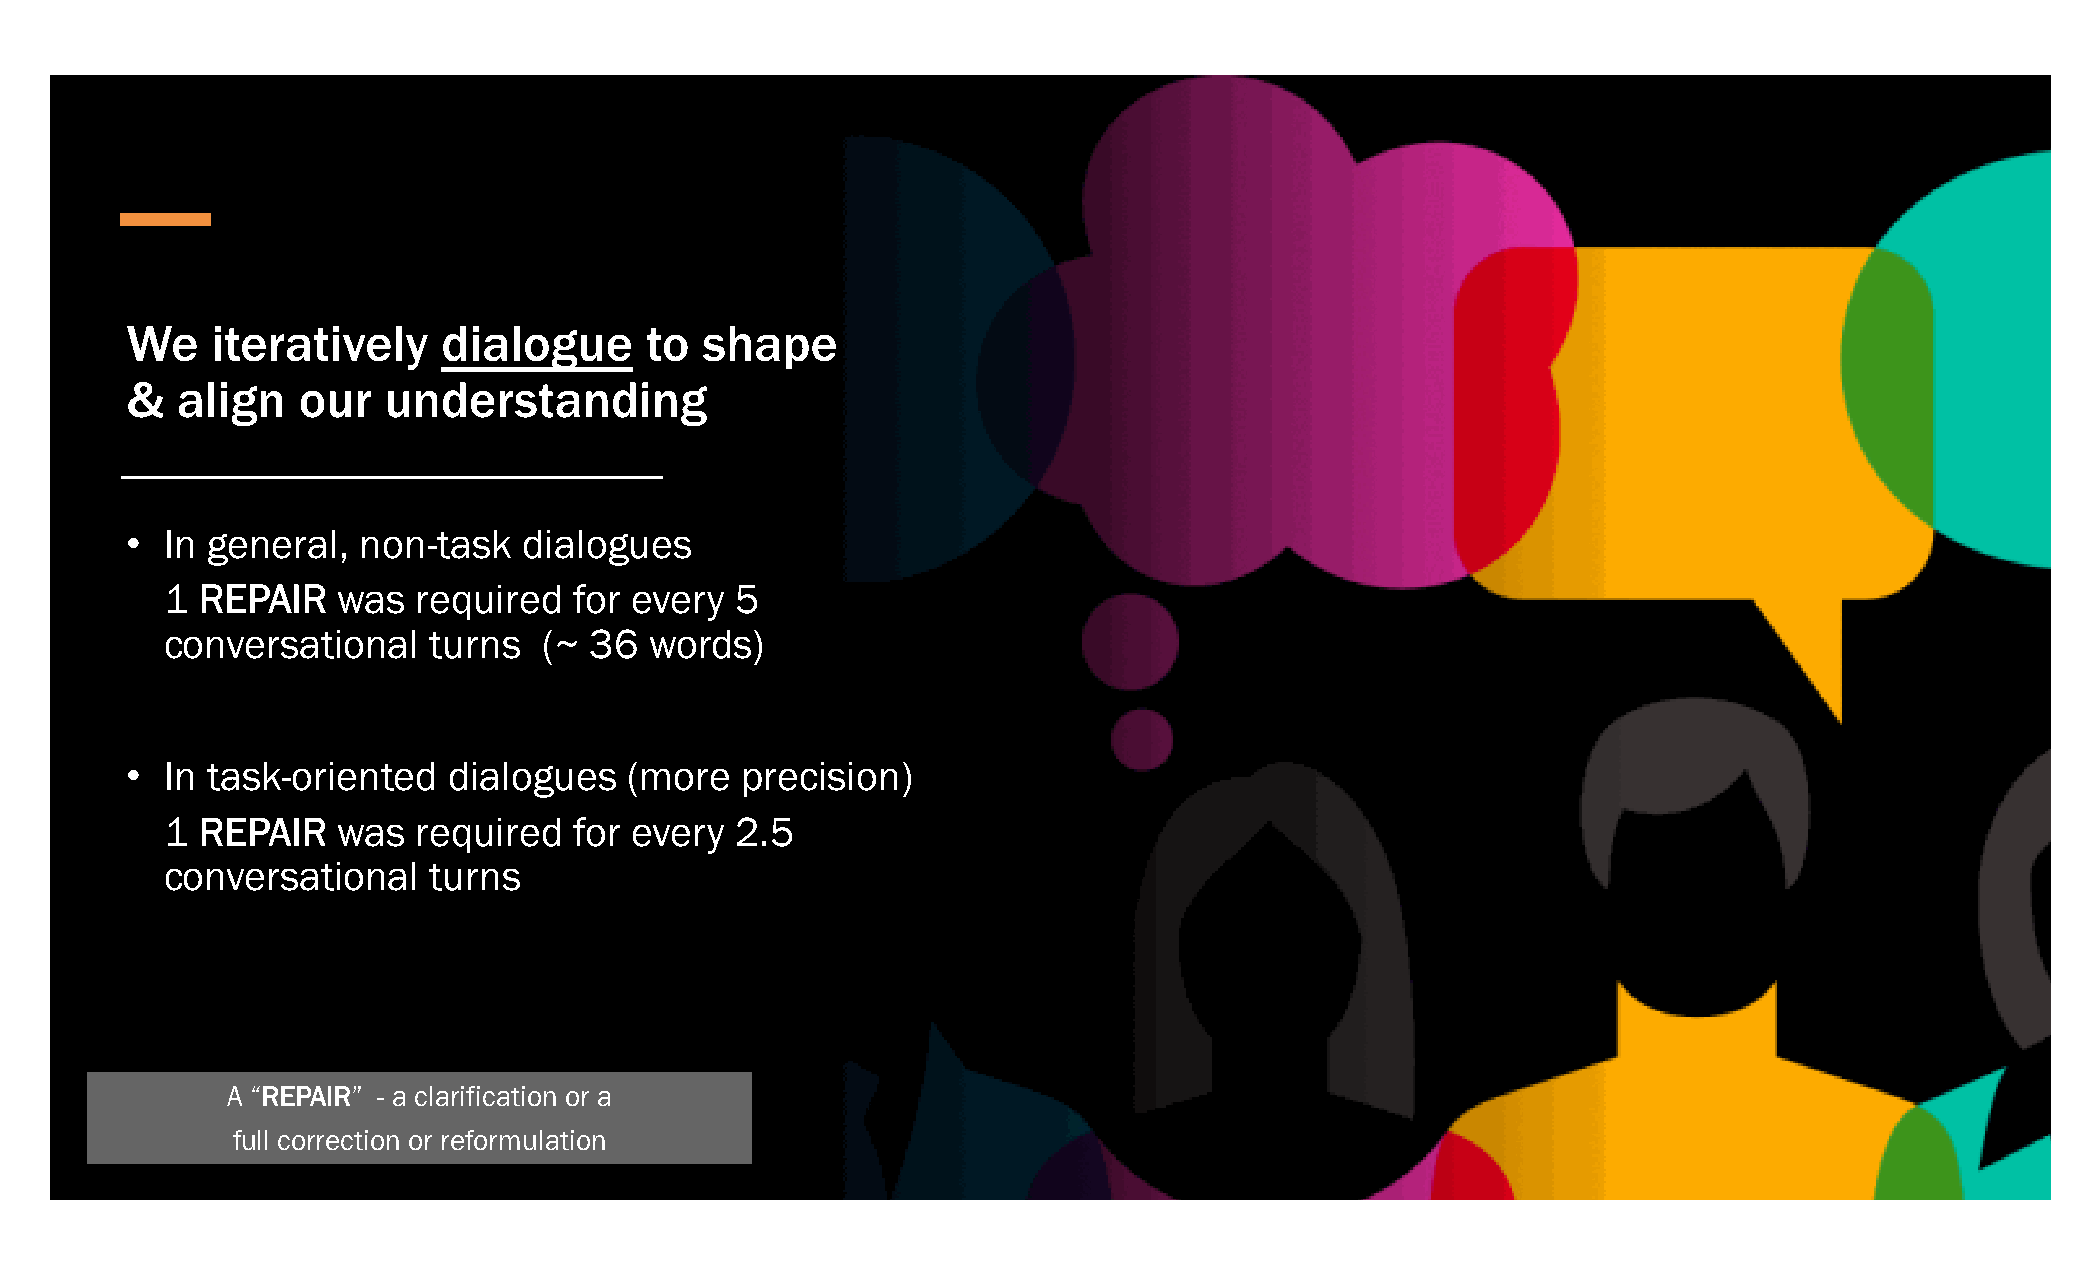
We    iteratively    dialogue      to  shape
 &   align   our  understanding
 •  In general,  non-task   dialogues
 1 REPAIR   was   required  for every  5
 conversational    turns  (~ 36  words)
 •  In task-oriented   dialogues   (more  precision)
 1 REPAIR   was   required  for every  2.5
 conversational    turns
 A “REPAIR” - a clarification or a
 full correction or reformulation